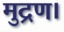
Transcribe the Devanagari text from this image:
मुद्रण।